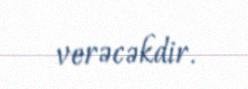
verəcəkdir.